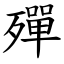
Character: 殫